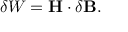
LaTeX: \delta W = \mathbf { H } \cdot \delta \mathbf { B } .